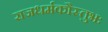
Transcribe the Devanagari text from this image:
राजधर्मकौस्तुभः